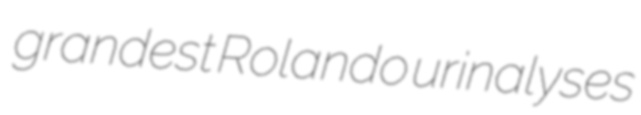
grandest Rolando urinalyses